Trukikaitis_Postimees, lk 44
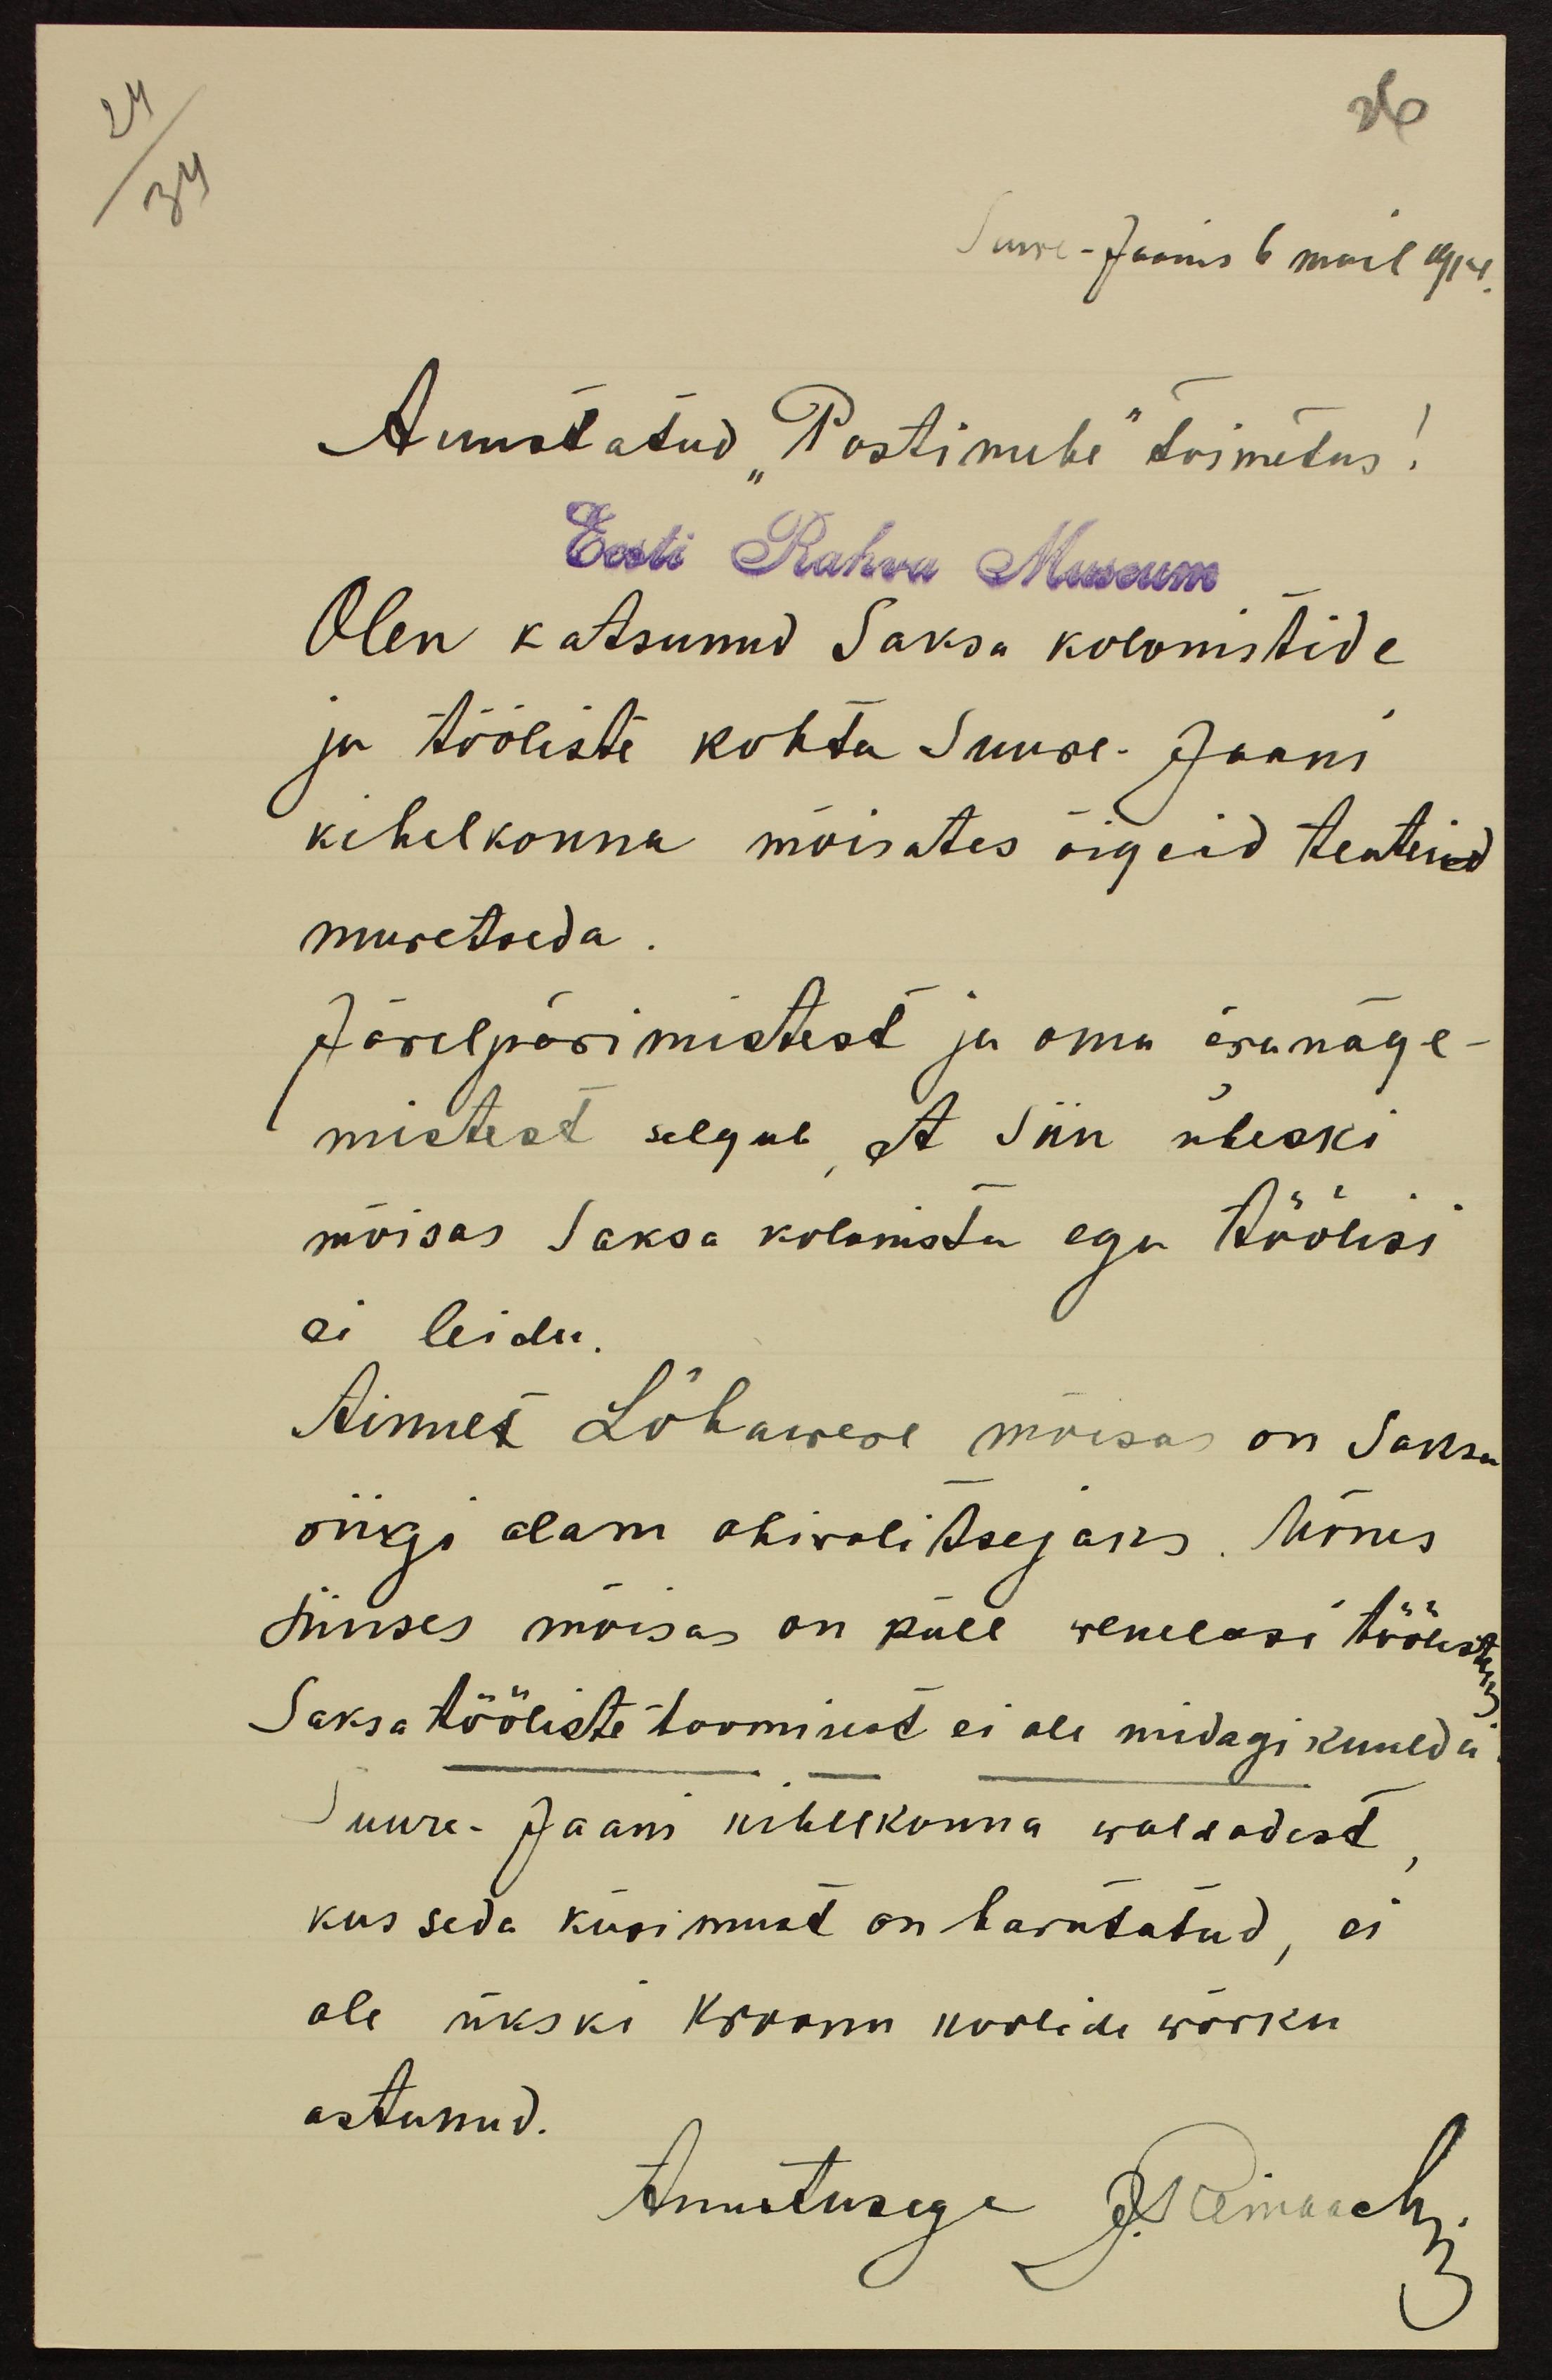
24
34

26

Suure-Jaanis 6 mail 1914.
Auustatud "Postimehe" toimetus!
Eest Rahva Museum
Olen katsunud Saksa kolonistide
ja tööliste kohta Suure-Jaani
kihelkonna mõisates õigeid teateid
muretseda.
Järelpärimistest ja oma äranäge-
mistest selgub, et siin üheski
mõisas Saksa kolonista ega töölisi
ei leidu.
Ainult Lõhawere mõisas on Saksa
riigi alam abiwalitsejaks. Mõnes
siinses mõisas on küll wenelasi töölisteks.
Saksa tööliste toomisest ei ole midagi kuulda.
Suure-Jaani kihelkonna waldadest,
kus seda küsimust on harutatud, ei
ole ükski kroonu koolide wõrku
astunud.
Auustusega J. Reinachri